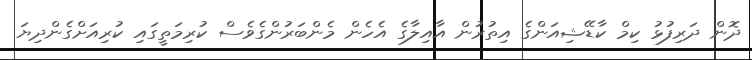
ދޮން ދަރިފުޅު ކިމް ކާޑޭޝިއަންގެ އިތުރުން އާއިލާގެ އެހެން މެންބަރުންގެވެސް ކުރިމަތީގައި ކުރިއަށްގެންދިޔަ